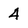
Character: 4